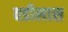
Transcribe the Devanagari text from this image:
वडीलास